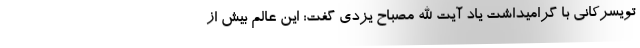
تویسرکانی با گرامیداشت یاد آیت الله مصباح یزدی گفت: این عالم بیش از